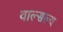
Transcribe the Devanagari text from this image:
वाल्सल्य